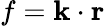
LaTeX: f=\textbf{k}\cdot\textbf{r}